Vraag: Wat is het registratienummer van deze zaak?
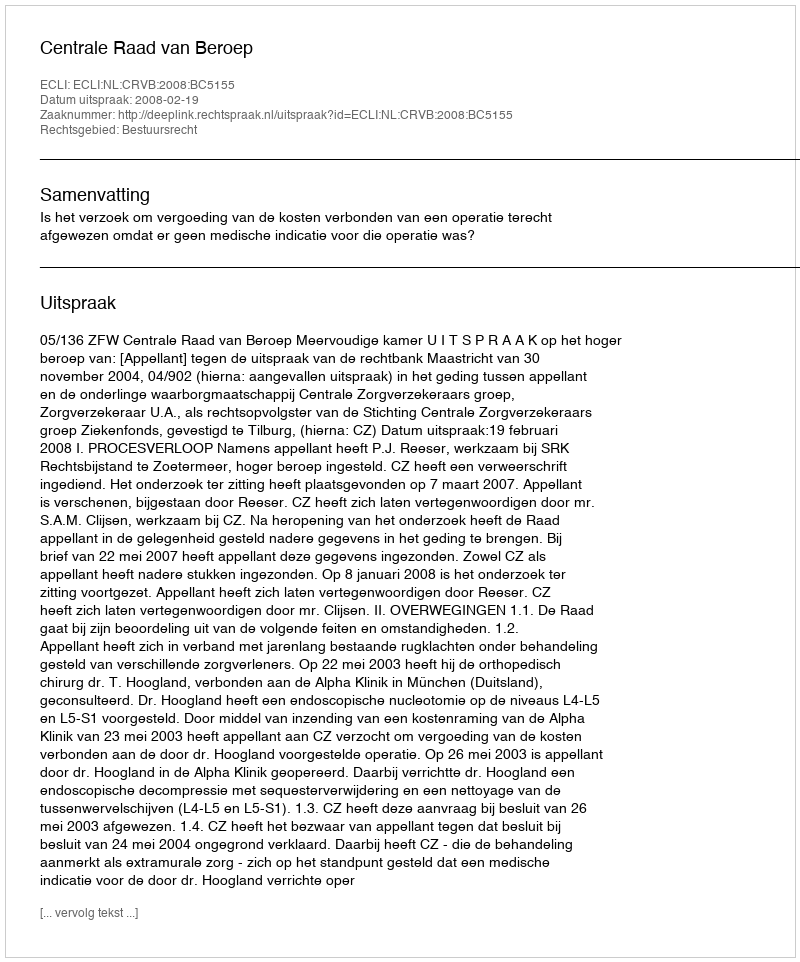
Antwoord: http://deeplink.rechtspraak.nl/uitspraak?id=ECLI:NL:CRVB:2008:BC5155